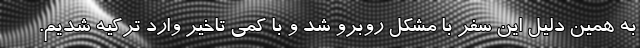
به همین دلیل این سفر با مشکل روبرو شد و با کمی تاخیر وارد ترکیه شدیم.